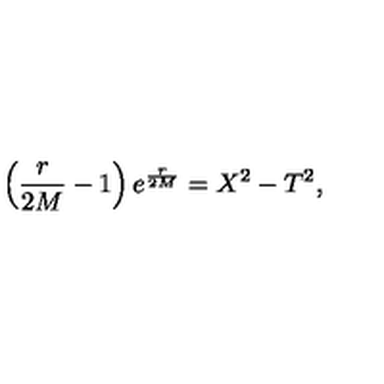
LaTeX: \left( { \frac { r } { 2 M } } - 1 \right) e ^ { { \frac { r } { 2 M } } } = X ^ { 2 } - T ^ { 2 } ,